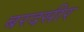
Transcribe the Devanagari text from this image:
बरदसीर